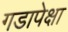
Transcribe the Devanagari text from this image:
गडापेक्षा